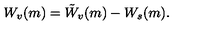
W _ { v } ( m ) = \tilde { W } _ { v } ( m ) - W _ { s } ( m ) .